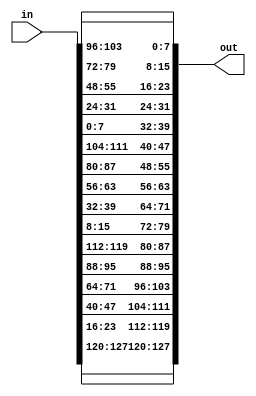

module inv_shift_rows ( in, out );
  input [127:0] in;
  output [127:0] out;

  assign out[127] = in[127];
  assign out[126] = in[126];
  assign out[125] = in[125];
  assign out[124] = in[124];
  assign out[123] = in[123];
  assign out[122] = in[122];
  assign out[121] = in[121];
  assign out[120] = in[120];
  assign out[119] = in[23];
  assign out[118] = in[22];
  assign out[117] = in[21];
  assign out[116] = in[20];
  assign out[115] = in[19];
  assign out[114] = in[18];
  assign out[113] = in[17];
  assign out[112] = in[16];
  assign out[111] = in[47];
  assign out[110] = in[46];
  assign out[109] = in[45];
  assign out[108] = in[44];
  assign out[107] = in[43];
  assign out[106] = in[42];
  assign out[105] = in[41];
  assign out[104] = in[40];
  assign out[103] = in[71];
  assign out[102] = in[70];
  assign out[101] = in[69];
  assign out[100] = in[68];
  assign out[99] = in[67];
  assign out[98] = in[66];
  assign out[97] = in[65];
  assign out[96] = in[64];
  assign out[95] = in[95];
  assign out[94] = in[94];
  assign out[93] = in[93];
  assign out[92] = in[92];
  assign out[91] = in[91];
  assign out[90] = in[90];
  assign out[89] = in[89];
  assign out[88] = in[88];
  assign out[87] = in[119];
  assign out[86] = in[118];
  assign out[85] = in[117];
  assign out[84] = in[116];
  assign out[83] = in[115];
  assign out[82] = in[114];
  assign out[81] = in[113];
  assign out[80] = in[112];
  assign out[79] = in[15];
  assign out[78] = in[14];
  assign out[77] = in[13];
  assign out[76] = in[12];
  assign out[75] = in[11];
  assign out[74] = in[10];
  assign out[73] = in[9];
  assign out[72] = in[8];
  assign out[71] = in[39];
  assign out[70] = in[38];
  assign out[69] = in[37];
  assign out[68] = in[36];
  assign out[67] = in[35];
  assign out[66] = in[34];
  assign out[65] = in[33];
  assign out[64] = in[32];
  assign out[63] = in[63];
  assign out[62] = in[62];
  assign out[61] = in[61];
  assign out[60] = in[60];
  assign out[59] = in[59];
  assign out[58] = in[58];
  assign out[57] = in[57];
  assign out[56] = in[56];
  assign out[55] = in[87];
  assign out[54] = in[86];
  assign out[53] = in[85];
  assign out[52] = in[84];
  assign out[51] = in[83];
  assign out[50] = in[82];
  assign out[49] = in[81];
  assign out[48] = in[80];
  assign out[47] = in[111];
  assign out[46] = in[110];
  assign out[45] = in[109];
  assign out[44] = in[108];
  assign out[43] = in[107];
  assign out[42] = in[106];
  assign out[41] = in[105];
  assign out[40] = in[104];
  assign out[39] = in[7];
  assign out[38] = in[6];
  assign out[37] = in[5];
  assign out[36] = in[4];
  assign out[35] = in[3];
  assign out[34] = in[2];
  assign out[33] = in[1];
  assign out[32] = in[0];
  assign out[31] = in[31];
  assign out[30] = in[30];
  assign out[29] = in[29];
  assign out[28] = in[28];
  assign out[27] = in[27];
  assign out[26] = in[26];
  assign out[25] = in[25];
  assign out[24] = in[24];
  assign out[23] = in[55];
  assign out[22] = in[54];
  assign out[21] = in[53];
  assign out[20] = in[52];
  assign out[19] = in[51];
  assign out[18] = in[50];
  assign out[17] = in[49];
  assign out[16] = in[48];
  assign out[15] = in[79];
  assign out[14] = in[78];
  assign out[13] = in[77];
  assign out[12] = in[76];
  assign out[11] = in[75];
  assign out[10] = in[74];
  assign out[9] = in[73];
  assign out[8] = in[72];
  assign out[7] = in[103];
  assign out[6] = in[102];
  assign out[5] = in[101];
  assign out[4] = in[100];
  assign out[3] = in[99];
  assign out[2] = in[98];
  assign out[1] = in[97];
  assign out[0] = in[96];

endmodule